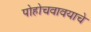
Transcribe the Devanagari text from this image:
पोहोचवावयाचे